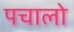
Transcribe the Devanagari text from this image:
पचालो